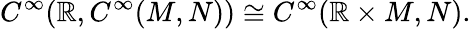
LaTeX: C^{\infty}(\mathbb{R},C^{\infty}(M,N))\cong C^{\infty}(\mathbb{R}\times M,N).